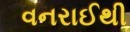
વનરાઈથી